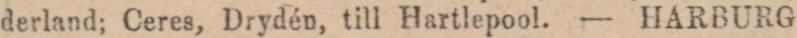
derland; Ceres, Drydén, till Hartlepool. — HARBURG